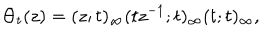
\Theta _ { t } ( z ) = ( z ; t ) _ { \infty } ( t z ^ { - 1 } ; t ) _ { \infty } ( t ; t ) _ { \infty } ,